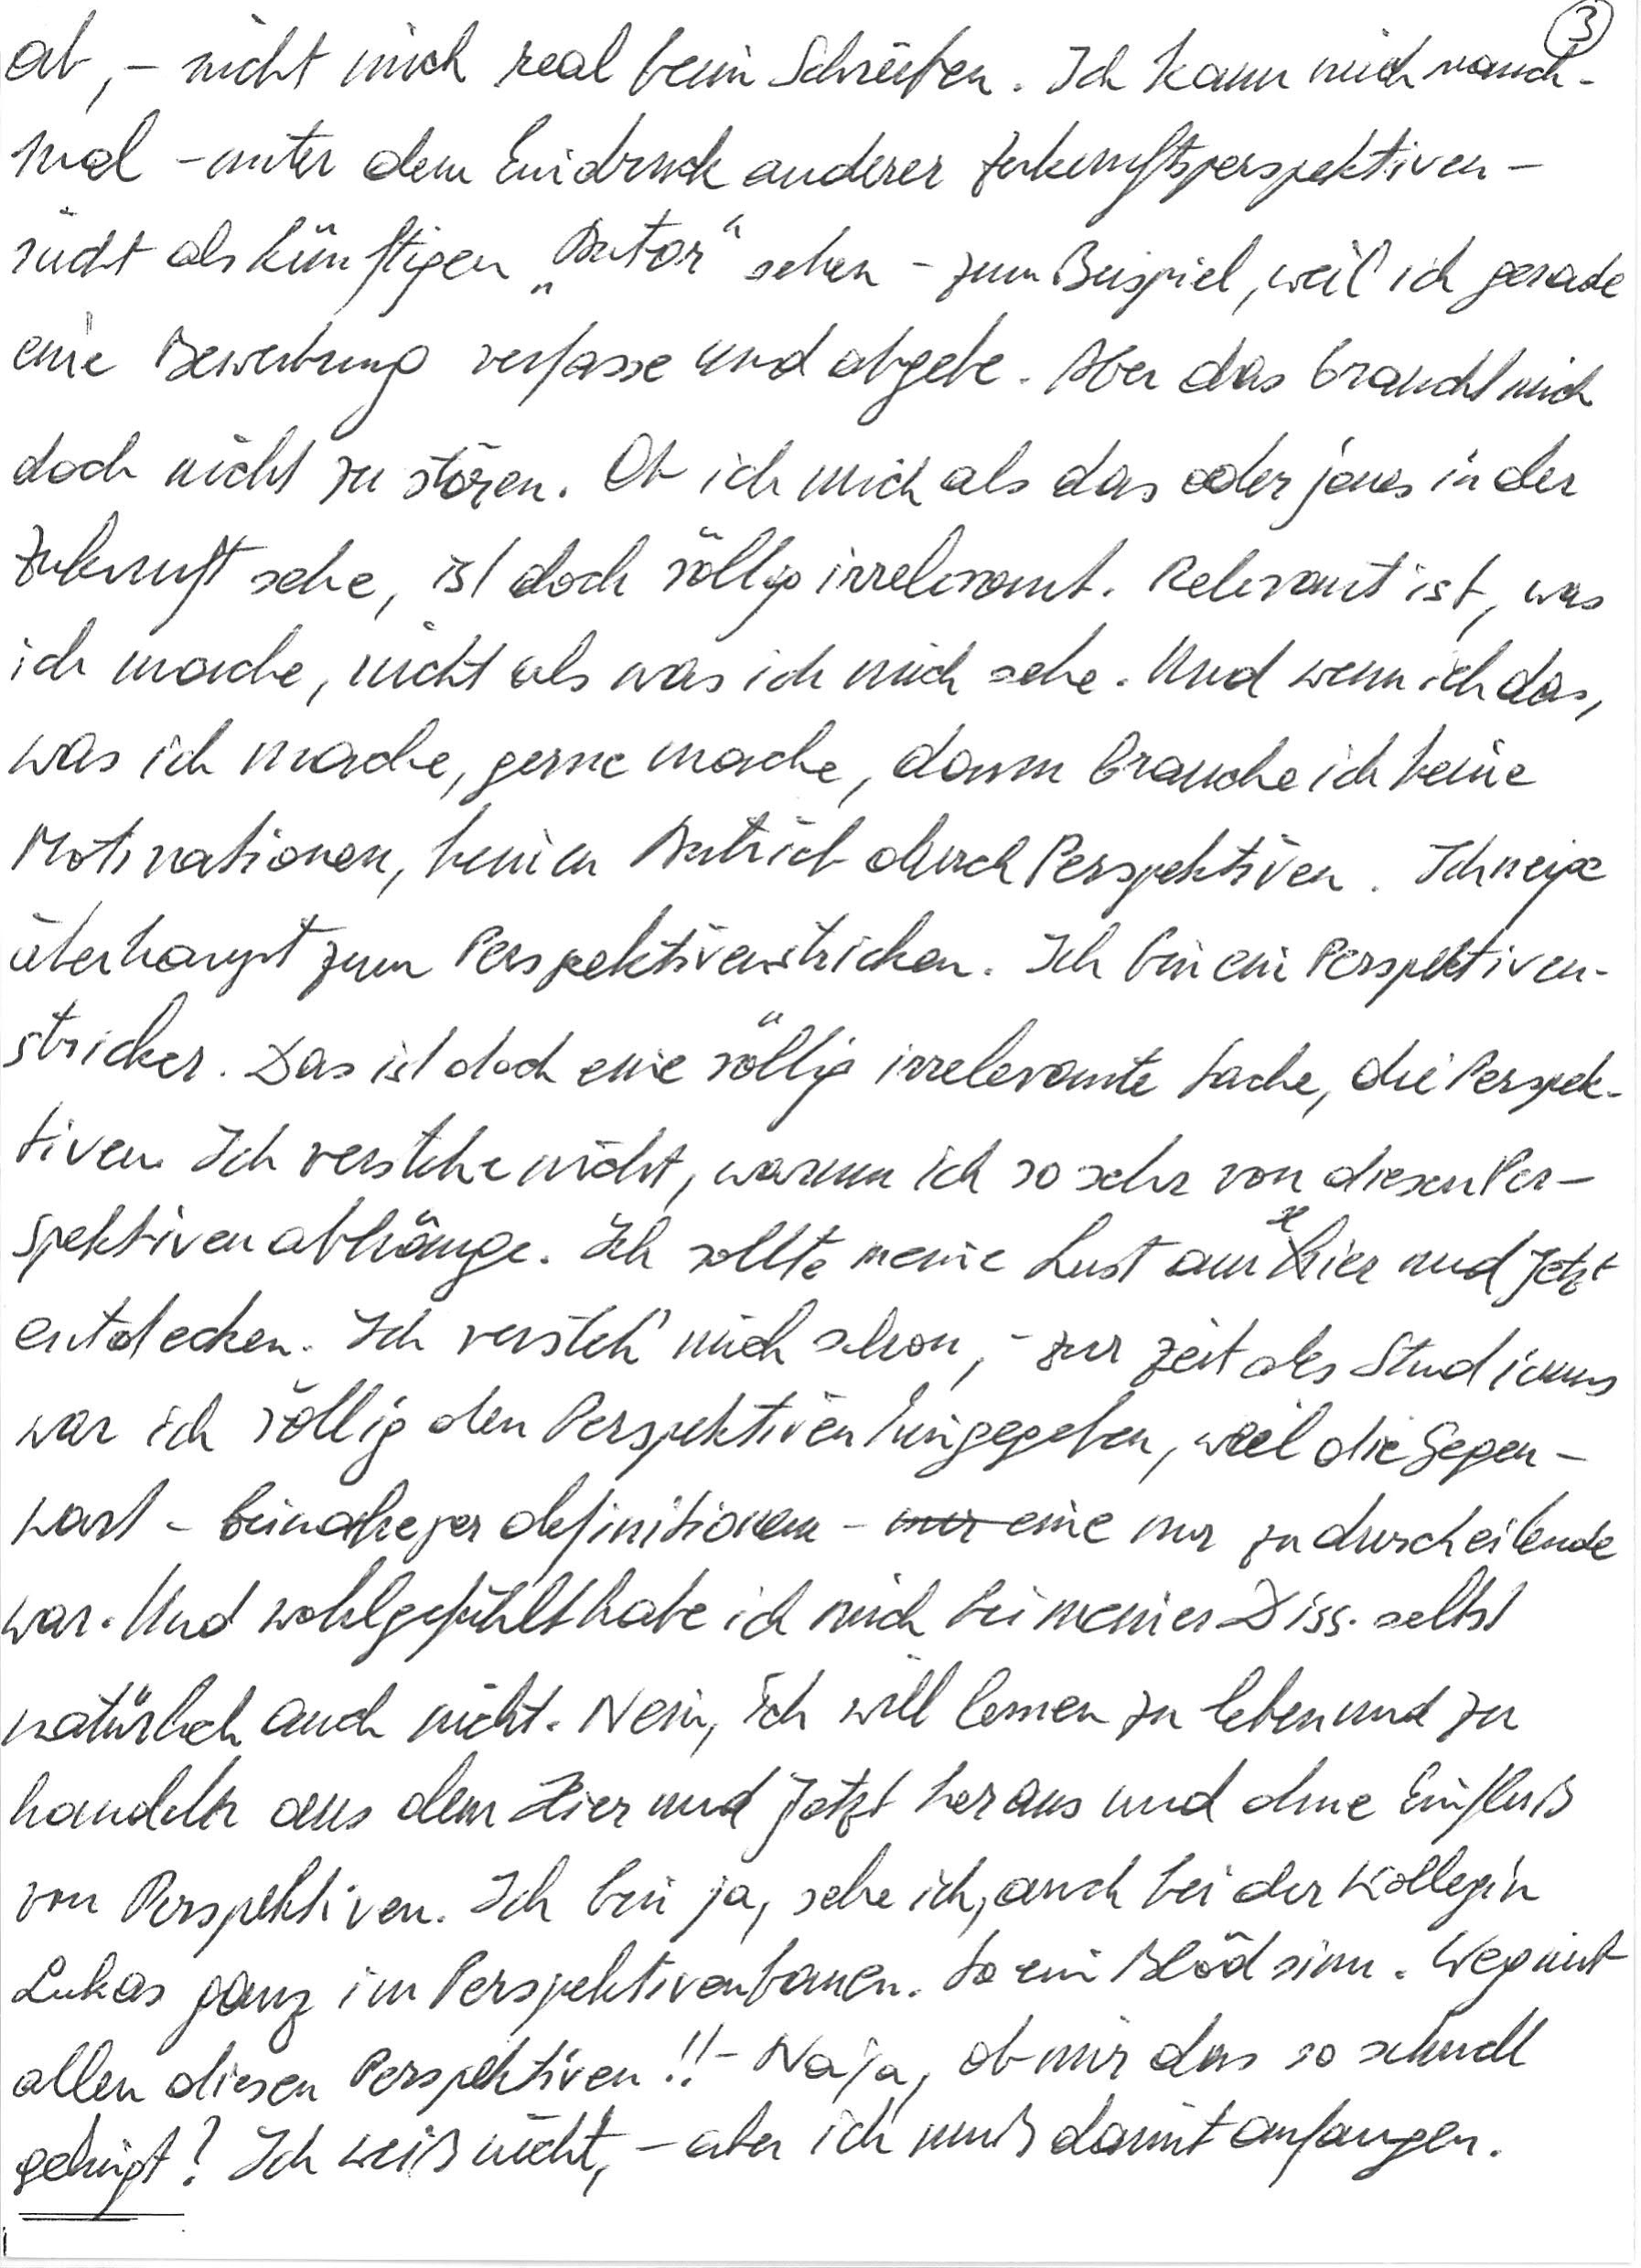
ab, – nicht mich real beim Schreiben. Ich kann mich manch-
mal – unter dem Eindruck anderer Zukunftsperspektiven –
nicht als künftigen „Autor“ sehen – zum Beispiel, weil ich gerade
eine Bewerbung verfasse und abgebe. Aber das braucht mich
doch nicht zu stören. Ob ich mich als das oder jenes in der
Zukunft sehe, ist doch völlig irrelevant. Relevant ist, was
ich mache, nicht als was ich mich sehe. Und wenn ich das,
was ich mache, gerne mache, dann brauche ich keine
Motivationen, keinen Antrieb durch Perspektiven. Ich neige
überhaupt zum Perspektivenstricken. Ich bin ein Perspektiven-
stricker. Das ist doch eine völlig irrelevante Sache, die Perspek-
tiven. Ich verstehe nicht, warum ich so sehr von diesen Per-
spektiven abhänge. Ich sollte meine Lust am Hier und Jetzt
entdecken. Ich versteh‘ mich schon, – zur Zeit des Studiums
war ich völlig den Perspektiven hingegeben, weil die Gegen-
wart – beinahe per definitionem – eine nur zu durcheilende
war. Und wohlgefühlt habe ich mich bei meiner Diss. selbst
natürlich auch nicht. Nein, ich will lernen zu leben und zu
handeln aus dem Hier und Jetzt heraus und ohne Einfluß
von Perspektiven. Ich bin ja, sehe ich, auch bei der Kollegin
Lukas ganz im Perspektivenbauen. So ein Blödsinn. Weg mit
allen diesen Perspektiven!! – Naja, ob mir das so schnell
gelingt? Ich weiß nicht, – aber ich muß damit anfangen.